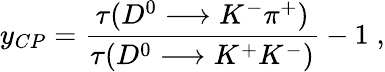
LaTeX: y_{CP}=\frac{\tau(D^{0}\longrightarrow K^{-}\pi^{+})}{\tau(D^{0}\longrightarrow K^{+}K^{-})}-1\; ,